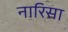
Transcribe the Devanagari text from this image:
नारिसा